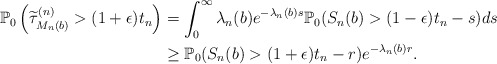
\begin{align*} \mathbb{P}_0\left(\widetilde{\tau}^{(n)}_{M_n(b)}>(1+\epsilon)t_n\right)&=\int_0^\infty\lambda_n(b)e^{-\lambda_n(b)s}\mathbb{P}_0(S_n(b)>(1-\epsilon)t_n-s)ds\\&\ge\mathbb{P}_0(S_n(b)>(1+\epsilon)t_n-r)e^{-\lambda_n(b)r}.\end{align*}